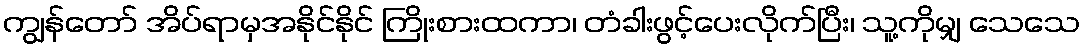
ကျွန်တော် အိပ်ရာမှအနိုင်နိုင် ကြိုးစားထကာ၊ တံခါးဖွင့်ပေးလိုက်ပြီး၊ သူ့ကိုမျှ သေသေ